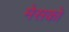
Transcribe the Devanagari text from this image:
मेसको